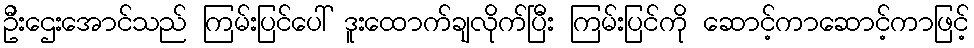
ဦးဌေးအောင်သည် ကြမ်းပြင်ပေါ် ဒူးထောက်ချလိုက်ပြီး ကြမ်းပြင်ကို ဆောင့်ကာဆောင့်ကာဖြင့်